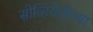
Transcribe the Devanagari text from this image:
सोव्हियेतीच्या